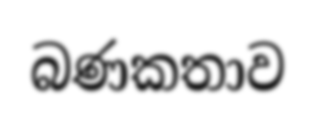
බණකතාව